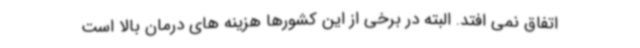
اتفاق نمی افتد. البته در برخی از این کشورها هزینه های درمان بالا است